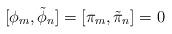
LaTeX: \begin{align*}[\phi_{m} , \tilde{\phi}_{n} ] = [\pi_{m} , \tilde{\pi}_{n} ] = 0\end{align*}